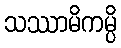
သဿာမိကမ္ပိ